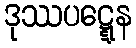
ဒုဿပဋ္ဋေန